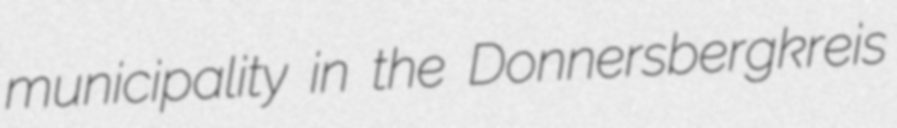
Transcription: municipality in the Donnersbergkreis